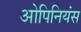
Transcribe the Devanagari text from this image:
ओपिनियंस